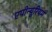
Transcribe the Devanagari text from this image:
एपीन्यूरियम